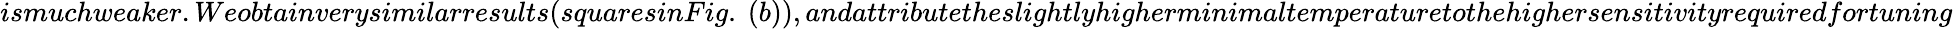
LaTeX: ismuchweaker.Weobtainverysimilarresults(squaresinFig.~(b)),andattributetheslightlyhigherminimaltemperaturetothehighersensitivityrequiredfortuning